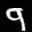
Label: 9